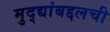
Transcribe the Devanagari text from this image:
मुद्द्यांबद्दलची